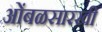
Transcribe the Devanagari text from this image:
आेंबळसारखी